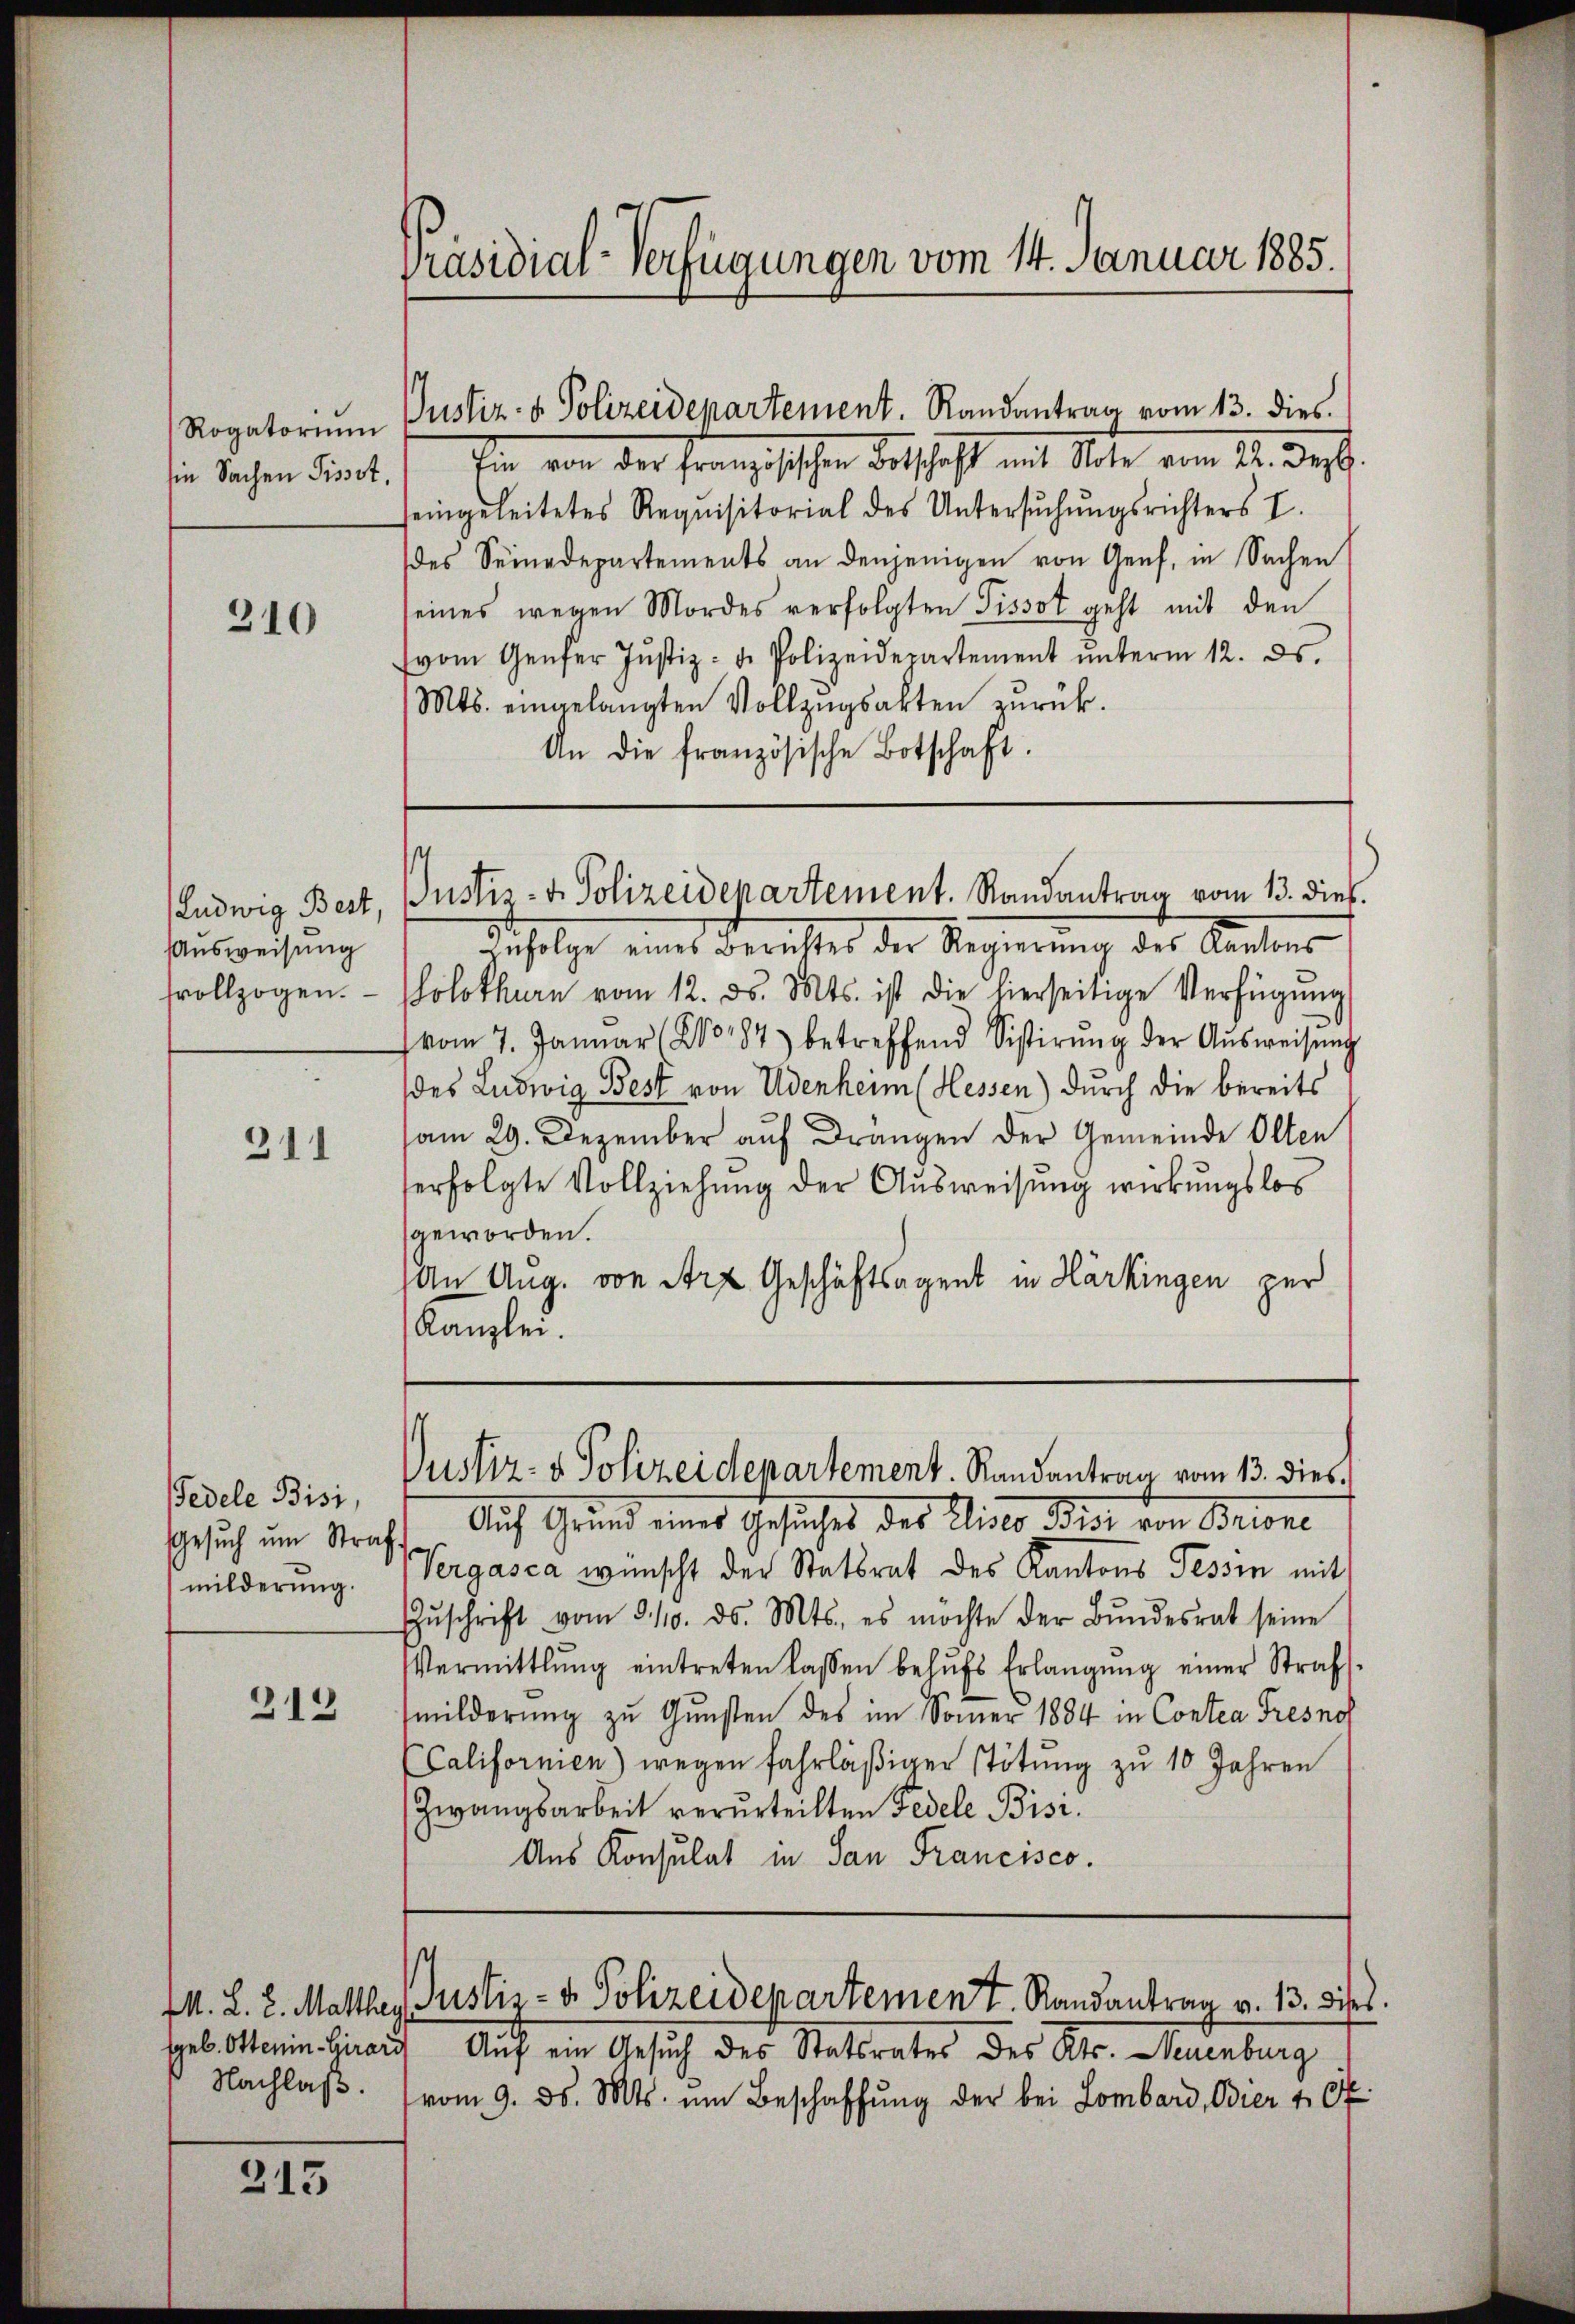
Rogatoriŭm
sie Sachen Pissot,

310

Ludwig Best,
Ausweisung
fvollzogen.

311

edele Bisi,
milderung.

213

Justiz- & Polizeidepartement. Randantrag vom 13. dies
Ein von der Französischen derschaft mit Note vom 21. Dez.
seingeleitetes Requisitorial des Untersŭchŭngsrichters I.
des Seinedepartements an denjenigen von Genf, in Sachen
eines wegen Mordes verfolgten Tissot geht mit den
vom Genfer Justiz- u. Polizeidepartement ŭnterm 12. ds.
Mts. eingelangten Vollzŭgsakten zurück.
An die französische Botschaft.
Justiz- & Polizeidepartement. Randantrag vom 13. dieß.
nfolge eines Berichtes der Regierŭng des Kantons
Solothurn vom 12. ds. Mts. ist die hierseitige Verfügŭng
(vom 7. Januar (2087) betreffend Sistirŭng der Aŭsweisŭng
des Ludwig Best von Udenheim (Hessen) durch die bereits
am 29. Dezember auf Drangen der Gemeinde Olten
erfolgte Vollziehung der Aŭsweisung wirkungslos
geworden.
An Aug. von Arz Geschäftsagent in Härkingen per
Kanzlei.

Nachlaß.

315

Präsidial-Verfügungen vom 14. Januar 1885.

Gesuch im Stracht. Auf Grund eines Gesuches des Alister Bise von Brione
Vergasca wünscht der Statsrat des Kantons Tessin mit
Zŭschrift vom 3110. ds. Mts., es möchte der Bŭndesrat seine
Vermittlung eintreten lassen behŭfs Erlangŭng einer Strafs
milderung zu Gunsten des im Sonner 1884 in Contra Tresnof
(Californien) wegen fahrläβiger stötŭng zŭ 10 Jahren
Zwangsarbeit verurteilten Fedele Bisi¬
Aus Konsulat in San Francisco.

geb. Otterin Girard Auf ein Gesuch des Statsrates des Kts. Neuenburg
vom 9. ds. Mts. um Beschaffŭng der bei Lombard, Odier 107

Justiz- & Polizeidepartement. Randantrag vom 13. dies

st
IM. L. 2. Mattler Justiz- & Polizeidepartement. Randantrag v. 13. dises.